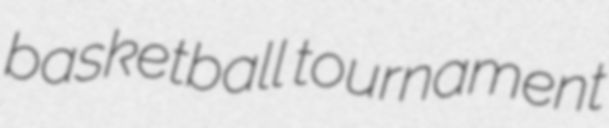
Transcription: basketball tournament